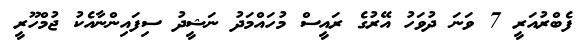
ފެބްރުއަރީ 7 ވަނަ ދުވަހު އޭރުގެ ރައީސް މުހައްމަދު ނަޝީދު ސިފައިންނާއެކު ޖުމްހޫރީ